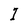
Character: T